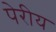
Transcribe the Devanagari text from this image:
पेरीय